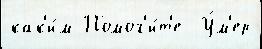
как'и́м Помог'и́т'е  У́м'ер